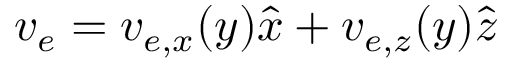
\boldsymbol { v } _ { e } = v _ { e , x } ( y ) \hat { \boldsymbol { x } } + v _ { e , z } ( y ) \hat { \boldsymbol { z } }